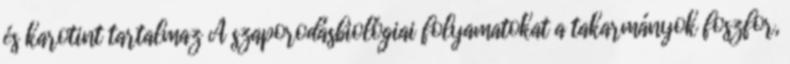
és karotint tartalmaz A szaporodásbiológiai folyamatokat a takarmányok foszfor,